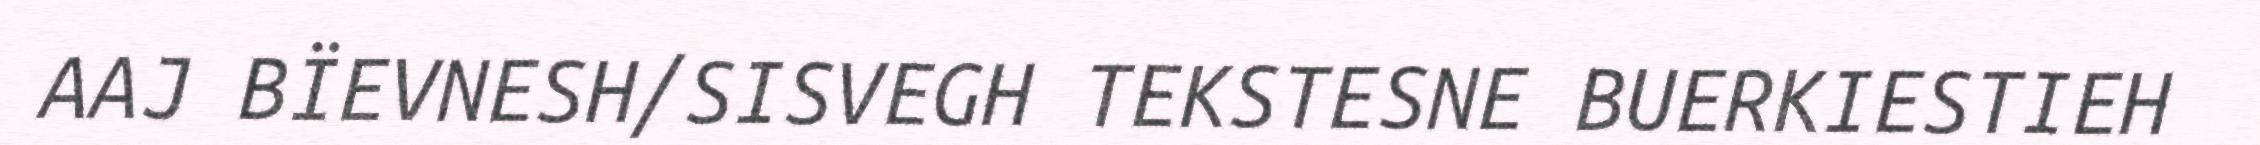
AAJ BÏEVNESH/SISVEGH TEKSTESNE BUERKIESTIEH